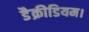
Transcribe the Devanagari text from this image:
डैक्रीडियम।